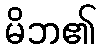
မိဘ၏